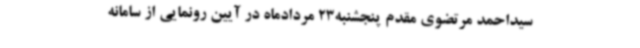
سیداحمد مرتضوی مقدم پنجشنبه23 مردادماه در آیین رونمایی از سامانه